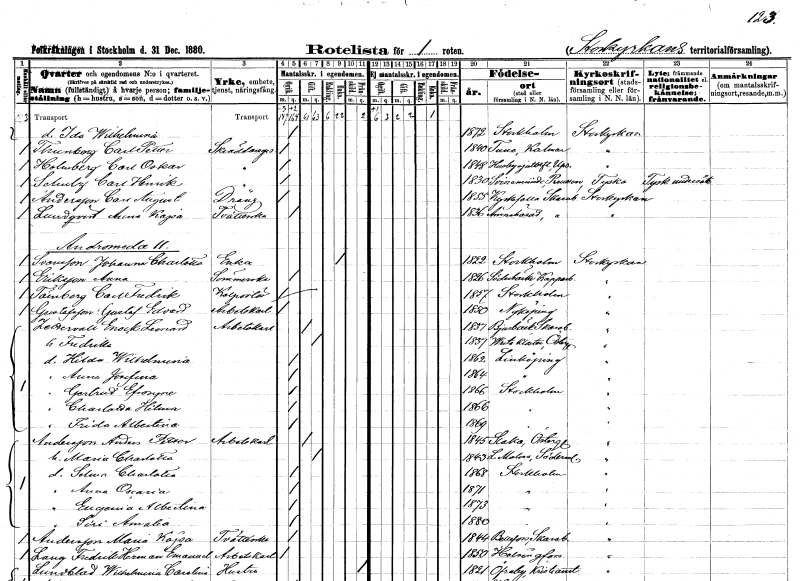
gt_parse: households: individuals: FN: Ida Wilhelmina
KON: K
CIV: O
FODAR: 1872
FODFORS: Stockholm
FN: Carl Petter
EN: Thunberg
YRKE: Skräddaregesäll
KON: M
CIV: O
FODAR: 1840
FODFORS: Tuna Kalmar län
FN: Carl Oskar
EN: Holmberg
YRKE: Skräddaregesäll
KON: M
CIV: O
FODAR: 1848
FODFORS: Husby-Sjutolft Uppsala län
FN: Carl Henrik
EN: Schulz
YRKE: Skräddaregesäll
KON: M
CIV: O
FODAR: 1830
FN: Carl August
EN: Andersson
YRKE: Dräng
KON: M
CIV: O
FODAR: 1855
FODFORS: Kyrkefalla Skaraborgs län
FN: Anna Kajsa
EN: Lundqvist
YRKE: Tvätterska
KON: K
CIV: O
FODAR: 1836
FODFORS: Amnehärad Skaraborgs län
FN: Johanna Charlotta
EN: Svensson
YRKE: Änka
KON: K
CIV: E
FODAR: 1822
FODFORS: Stockholm
FN: Anna
EN: Eriksson
YRKE: Sömmerska
KON: K
CIV: O
FODAR: 1826
FODFORS: Söderbärke Kopparbergs län
FN: Carl Fredrik
EN: Tärnberg
YRKE: Kolportör
KON: M
CIV: O
FODAR: 1857
FODFORS: Stockholm
FN: Gustaf Edvard
EN: Gustafsson
YRKE: Arbetskarl
KON: M
CIV: O
FODAR: 1850
FODFORS: Nyköping Södermanlands län
FN: Enock Leonard
EN: Zettervall
YRKE: Arbetskarl
KON: M
CIV: G
FODAR: 1837
FODFORS: Bjurbäck Skaraborgs län
FN: Fredrika
KON: K
CIV: G
FODAR: 1857
FODFORS: Vreta kloster Östergötlands län
FN: Hilda Wilhelmina
KON: K
CIV: O
FODAR: 1862
FODFORS: Linköping Östergötlands län
FN: Anna Josefina
KON: K
CIV: O
FODAR: 1864
FODFORS: Linköping Östergötlands län
FN: Gertrud Efrosyne
KON: K
CIV: O
FODAR: 1866
FODFORS: Stockholm
FN: Charlotta Hilma
KON: K
CIV: O
FODAR: 1866
FODFORS: Stockholm
FN: Frida Albertina
KON: K
CIV: O
FODAR: 1869
FODFORS: Stockholm
FN: Anders Petter
EN: Andersson
YRKE: Arbetskarl
KON: M
CIV: G
FODAR: 1845
FODFORS: Slaka Östergötlands län
FN: Maria Charlotta
KON: K
CIV: G
FODAR: 1843
FODFORS: Lilla Malma Södermanlands län
FN: Selma Charlotta
KON: K
CIV: O
FODAR: 1868
FODFORS: Stockholm
FN: Anna Oscaria
KON: K
CIV: O
FODAR: 1871
FODFORS: Stockholm
FN: Eugenia Albertina
KON: K
CIV: O
FODAR: 1873
FODFORS: Stockholm
FN: Siri Amalia
KON: K
CIV: O
FODAR: 1880
FODFORS: Stockholm